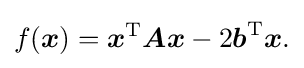
f({\boldsymbol {x}})={\boldsymbol {x}}^{\mathrm {T} }{\boldsymbol {A}}{\boldsymbol {x}}-2{\boldsymbol {b}}^{\mathrm {T} }{\boldsymbol {x}}{\text{.}}